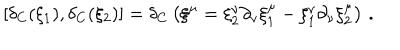
LaTeX: \left[ \delta _ { C } ( \xi _ { 1 } ) , \delta _ { C } ( \xi _ { 2 } ) \right] = \delta _ { C } \left( \xi ^ { \mu } = \xi _ { 2 } ^ { \nu } \partial _ { \nu } \xi _ { 1 } ^ { \mu } - \xi _ { 1 } ^ { \nu } \partial _ { \nu } \xi _ { 2 } ^ { \mu } \right) \, .